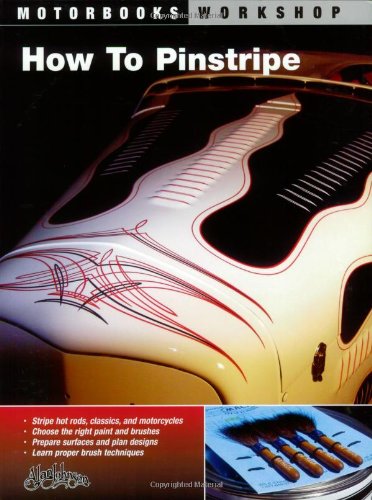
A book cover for How To Pinstripe (Motorbooks Workshop); Alan Johnson; Engineering & Transportation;